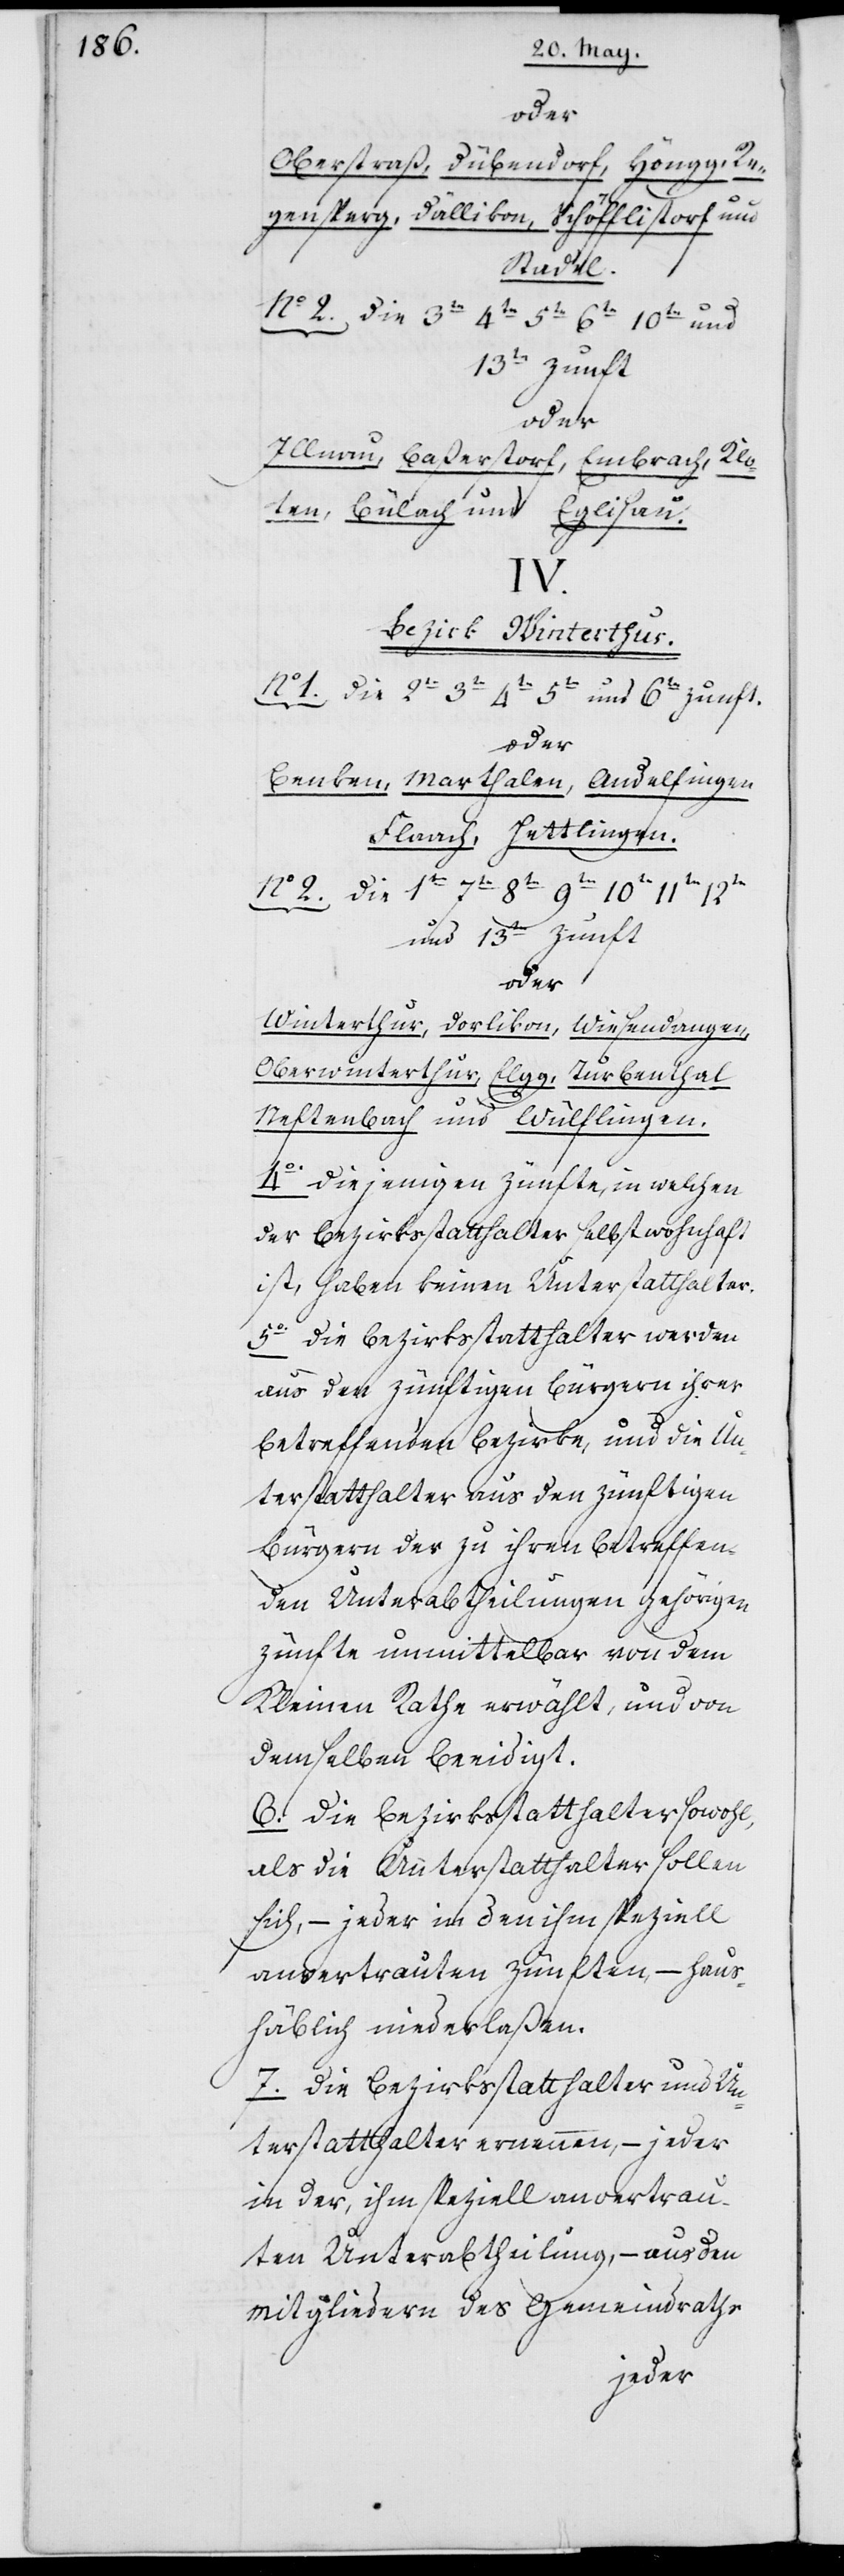
oder
Oberstraß, Dübendorf, Höngg, Re¬
gensperg, Dällikon, Schöfflistorf und
Stadel.
No 2. Die 3te 4te 5te 6te 10te und
13te Zunft
oder
Illnau, Baßerstorf, Embrach, Klo¬
ten, Bülach und Eglisau.
IV.
Bezirk Winterthur.
1. Die 2te 3te 4te 5te und 6te Zunft
oder
Benken, Marthalen, Andelfingen,
Flaach, Hettlingen.
No 2. Die 1te 7te 8te 9te 10te 11te 12te
und 13te Zunft
oder
Winterthur, Dorlikon, Wiesendangen,
Oberwinterthur, Elgg, Turbenthal,
Neftenbach und Wülflingen.
4o Diejenigen Zünfte, in welchen
der Bezirksstatthalter selbst wohnhaft
ist, haben keinen Unterstatthalter.
5o Die Bezirksstatthalter werden
aus den zünftigen Bürgern ihrer
betreffenden Bezirke, und die Un¬
terstatthalter aus den zünftigen
Bürgern der zu ihren betreffen¬
den Unterabtheilungen gehörigen
Zünfte unmittelbar von dem
Kleinen Rathe erwählt, und von
demselben beeidigt.
6. Die Bezirksstatthalter sowohl,
als die Unterstatthalter sollen
sich, – jeder in den ihm speziell
anvertrauten Zünften, – haus¬
häblich niederlaßen.
7. Die Bezirksstatthalter und Un¬
terstatthalter ernennen, – jeder
in der ihm speziell anvertrau¬
ten Unterabtheilung, – aus den
Mitgliedern des Gemeindsraths